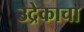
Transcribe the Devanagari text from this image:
उद्रेकाचा